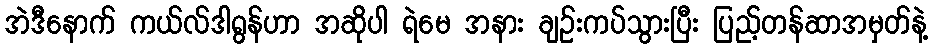
အဲဒီနောက် ကယ်လ်ဒါရွန်ဟာ အဆိုပါ ရဲမေ အနား ချဉ်းကပ်သွားပြီး ပြည့်တန်ဆာအမှတ်နဲ့